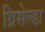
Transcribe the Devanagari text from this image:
ग्रिसेल्डा